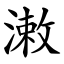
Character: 潄